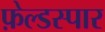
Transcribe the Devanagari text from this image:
फ़ेल्डस्पार